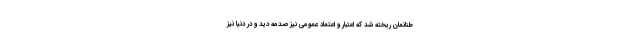
طنانمان ریخته شد که اعتبار و اعتماد عمومی نیز صدمه دید و در دنیا نیز